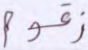
زقوم